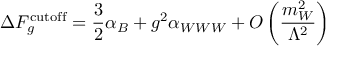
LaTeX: \Delta F _ { g } ^ { \mathrm { c u t o f f } } = \frac 3 2 \alpha _ { B } + g ^ { 2 } \alpha _ { W W W } + { \cal O } \left( \frac { m _ { W } ^ { 2 } } { \Lambda ^ { 2 } } \right)